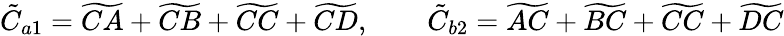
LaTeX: \tilde{C}_{a1}=\widetilde{CA}+\widetilde{CB}+\widetilde{CC}+\widetilde{CD},\qquad\tilde{C}_{b2}=\widetilde{AC}+\widetilde{BC}+\widetilde{CC}+\widetilde{DC}